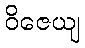
ဝိဇေယျ